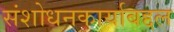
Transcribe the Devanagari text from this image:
संशोधनकार्याबद्दल